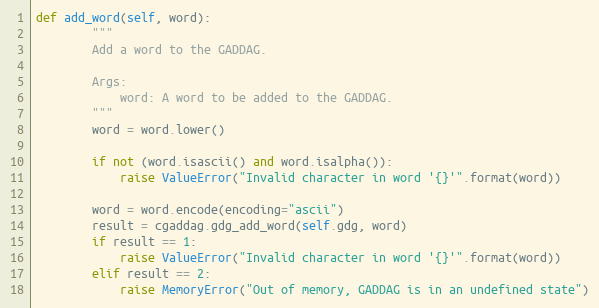
Language: Python
def add_word(self, word):
        """
        Add a word to the GADDAG.

        Args:
            word: A word to be added to the GADDAG.
        """
        word = word.lower()

        if not (word.isascii() and word.isalpha()):
            raise ValueError("Invalid character in word '{}'".format(word))

        word = word.encode(encoding="ascii")
        result = cgaddag.gdg_add_word(self.gdg, word)
        if result == 1:
            raise ValueError("Invalid character in word '{}'".format(word))
        elif result == 2:
            raise MemoryError("Out of memory, GADDAG is in an undefined state")